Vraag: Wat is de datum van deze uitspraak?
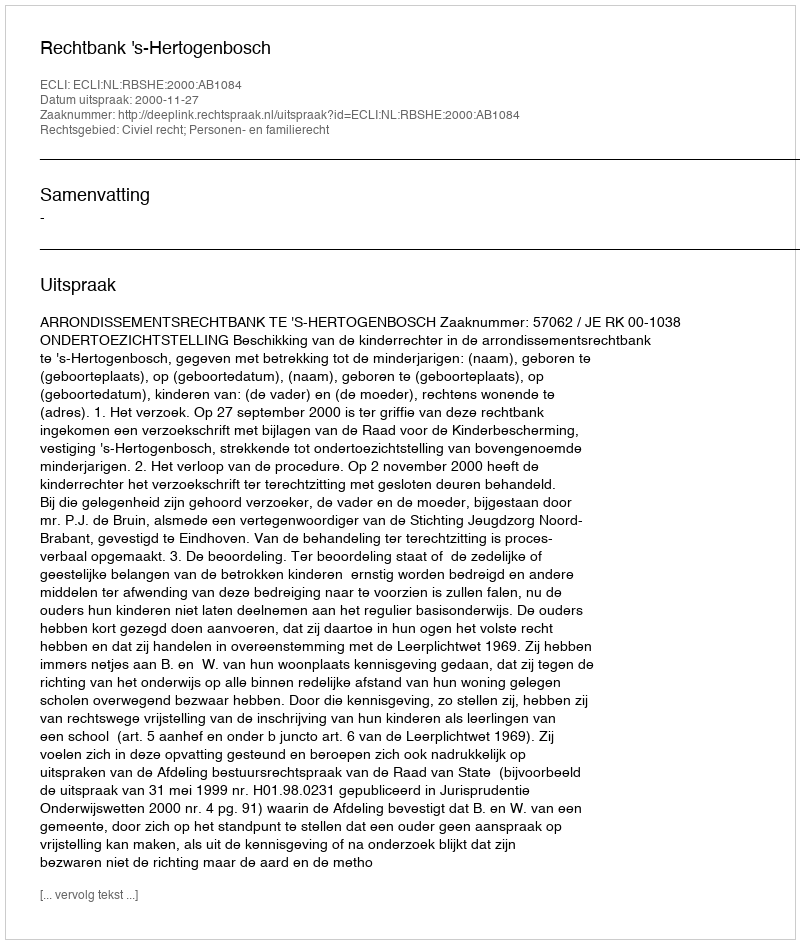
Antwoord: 2000-11-27